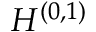
{ \cal H } ^ { ( 0 , 1 ) }